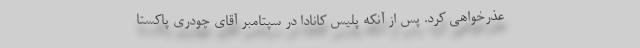
عذرخواهی کرد. پس از آنکه پلیس کانادا در سپتامبر آقای چودری پاکستا